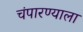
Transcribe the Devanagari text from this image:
चंपारण्याला